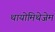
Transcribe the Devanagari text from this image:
थायोमिथेजेम